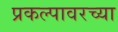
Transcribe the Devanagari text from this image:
प्रकल्पावरच्या